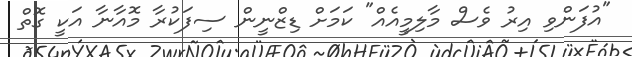
"އުފަންވި އިރު ވެސް މާލިމީއެއް" ކަމަށް ޑިޒްނީން ސިފަކުރާ މޮއާނާ އަކީ ގޮތް